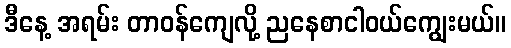
ဒီနေ့ အရမ်း တာဝန်ကျေလို့ ညနေစာငါဝယ်ကျွေးမယ်။